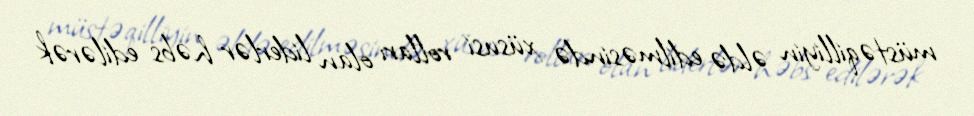
müstəqilliyin əldə edilməsində xüsusi rolları olan liderlər həbs edilərək